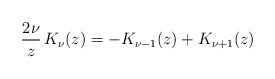
LaTeX: \begin{align*} \frac{2\nu}{z}\, K_\nu(z) & = -K_{\nu-1}(z) + K_{\nu+1}(z) \end{align*}